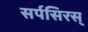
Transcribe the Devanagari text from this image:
सर्पसिरस्